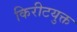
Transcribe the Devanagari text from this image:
किरीटयुक्त